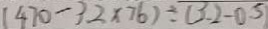
( 4 7 0 - 3 . 2 \times 7 6 ) \div ( 3 . 2 - 0 . 5 )